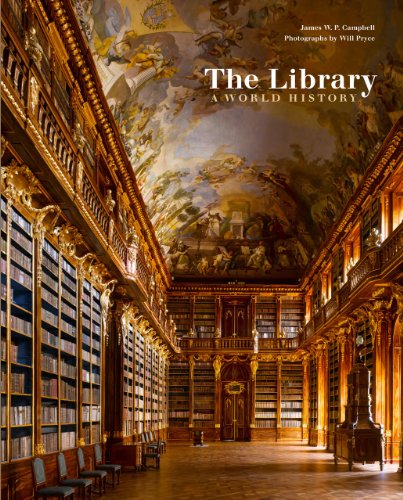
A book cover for The Library: A World History; James W. P. Campbell; Politics & Social Sciences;